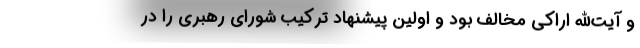
و آیت‌الله اراکی مخالف بود و اولین پیشنهاد ترکیب شورای رهبری را در